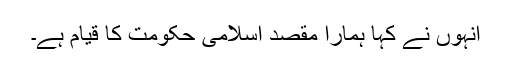
انہوں نے کہا ہمارا مقصد اسلامی حکومت کا قیام ہے۔